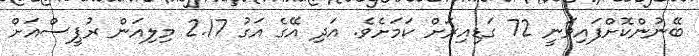
ބޭނުންކޮށްފައިވަނީ 72 ގަޑިއިރަށް ކަމަށެވެ. އަދި އޭގެ އަގު 2.17 މިލިއަން ރުޕީސްއަށް